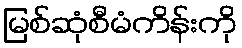
မြစ်ဆုံစီမံကိန်းကို